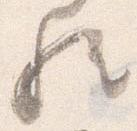
歟